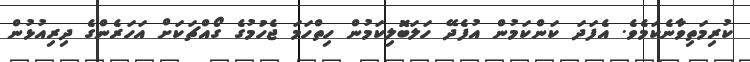
ކުރިމަތިވާނެކަމެވެ. އެފަދަ ކަންކަމުން އުފެދޭ ހަލަބޮލިކަމުން ހިތްހަމަ ޖެހުމުގެ ގޯއްޗަކަށް އަހަރެންގެ ދިރިއުޅުން